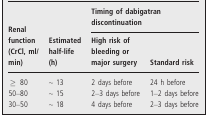
| <ROWSPAN=3> Renal function (CrCl, ml/min) | <ROWSPAN=3> Estimated half-life (h) | <COLSPAN=2> Timing of dabigatran discontinuation |
 | High risk of bleeding or major surgery | Standard risk |
 | --- | --- | --- | --- |
 | ≥ 80 | ∼ 13 | 2 days before | 24 h before |
 | 50–80 | ∼ 15 | 2–3 days before | 1–2 days before |
 | 30–50 | ∼ 18 | 4 days before | 2–3 days before |